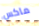
ماكس